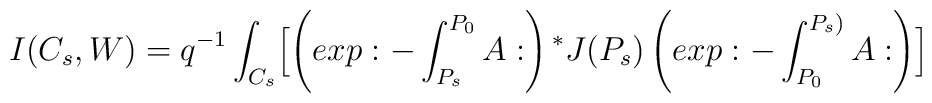
I(C_s,W)=q^{-1}\int _{C_s}\Bigl[\left(exp:-\int_{P_s}^{P_0}A:\right){^*J}(P_s)\left(exp:-\int_{P_0}^{P_s)}A:\right)\Bigr]